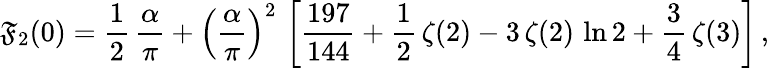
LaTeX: \mathfrak{F}_{2}(0)=\frac{{1}}{{2}}\, \frac{{\alpha}}{{\pi}}+\left(\frac{{\alpha}}{{\pi}}\right)^{2}\, \left[\frac{{197}}{{144}}+\frac{{1}}{{2}}\, \zeta(2)-3\, \zeta(2)\, \ln2+\frac{{3}}{{4}}\, \zeta(3)\right]\, ,